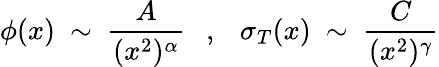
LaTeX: \phi(x)~\sim~\frac{A}{(x^{2})^{\alpha}}~~~,~~~\sigma_{T}(x)~\sim~\frac{C}{(x^{2})^{\gamma}}